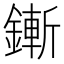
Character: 鏩